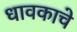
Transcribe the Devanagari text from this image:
धावकाचे